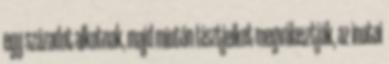
egy századot alkotnak, majd miután tisztjeiket megválasztják, az inotai